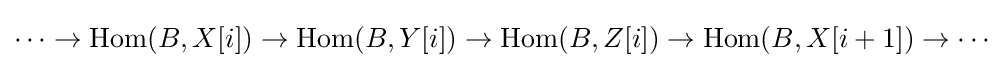
\cdots \to \operatorname {Hom} (B,X[i])\to \operatorname {Hom} (B,Y[i])\to \operatorname {Hom} (B,Z[i])\to \operatorname {Hom} (B,X[i+1])\to \cdots